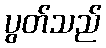
ပွတ်သည်